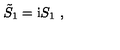
\tilde { S } _ { 1 } = \mathrm { i } S _ { 1 } \ ,